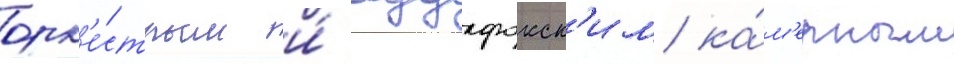
орк'е́стром и́ будафокск'им ка́м'ерным